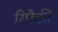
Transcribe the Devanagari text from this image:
रिपैकी